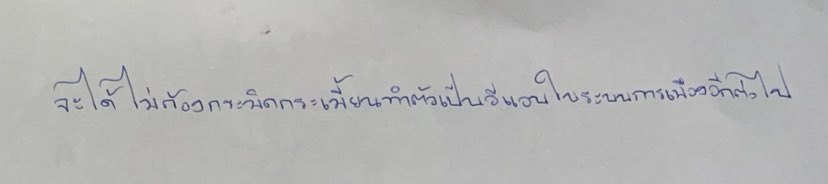
จะได้ไม่ต้องกระมิดกระเมี้ยนทำตัวเป็นอีแอบในระบบการเมืองอีกต่อไป